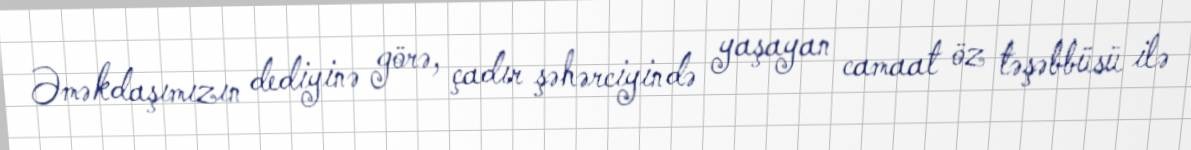
Əməkdaşımızın dediyinə görə, çadır şəhərciyində yaşayan camaat öz təşəbbüsü ilə